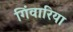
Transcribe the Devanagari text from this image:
गिंवारिया